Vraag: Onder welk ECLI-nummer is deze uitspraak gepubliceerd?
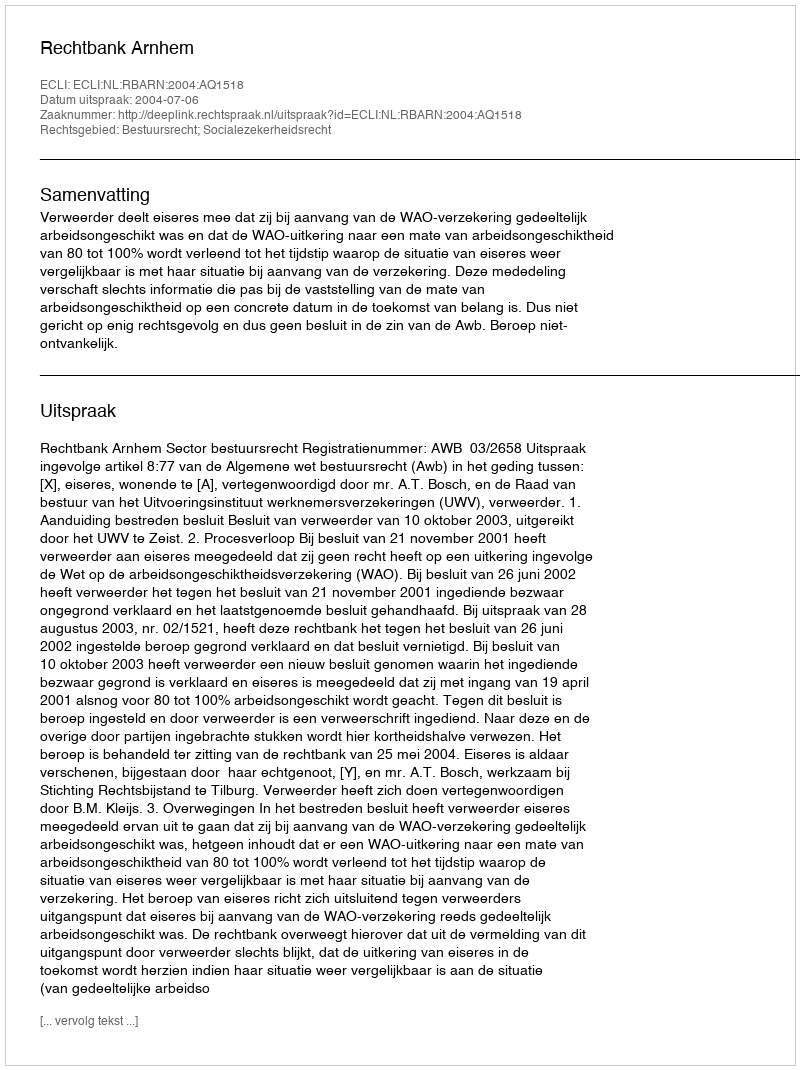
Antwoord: ECLI:NL:RBARN:2004:AQ1518